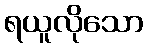
ရယူလိုသော